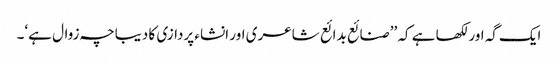
ایک گہ اور لکھا ہے کہ ’’صنائع بدائع شاعری اور انشاء پردازی کا دیباچہ زوال ہے‘۔